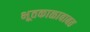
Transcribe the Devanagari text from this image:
भूतकाळाबाबत